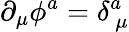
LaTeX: \partial_{\mu}\phi^{a}=\delta_{~\mu}^{a}